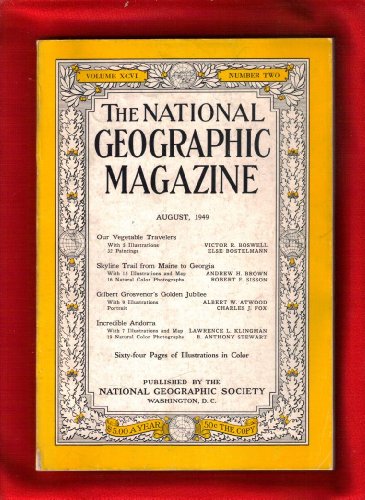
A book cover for The National Geographic Magazine / August, 1949. Vegetable Travelers; Skyline Trail Maine to Georgia; Grosvenor's Golden Jubilee; Andorra; Editors of National Geographic; Travel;